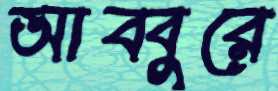
আব্বুরে